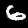
Digit: 6